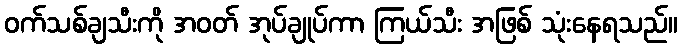
ဝက်သစ်ချသီးကို အဝတ် အုပ်ချုပ်ကာ ကြယ်သီး အဖြစ် သုံးနေရသည်။